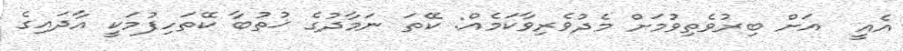
އެއީ  އަށް ބިރުވެތިވުމަށް މެދުވެރިވާކަމެއް: ކޭތަ ނަމާދުގެ ޚުތުބާ ކޭތަހިފުމަކީ އާދައިގެ